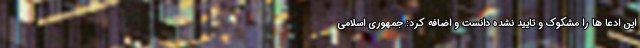
این ادعا ها را مشکوک و تایید نشده دانست و اضافه کرد: جمهوری اسلامی